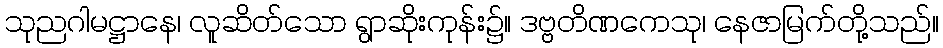
သုညဂါမဋ္ဌာနေ၊ လူဆိတ်သော ရွာဆိုးကုန်း၌။ ဒဗ္ဗတိဏကေသု၊ နေဇာမြက်တို့သည်။